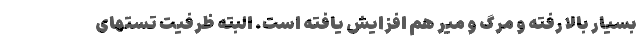
بسیار بالا رفته و مرگ و میر هم افزایش یافته است. البته ظرفیت تستهای